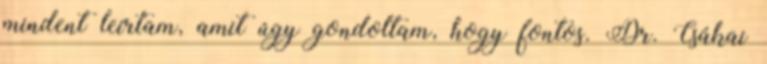
mindent leírtam, amit úgy gondoltam, hogy fontos. Dr. Csákai